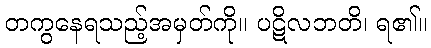
တကွနေရသည့်အမှတ်ကို။ ပဋိလဘတိ၊ ရ၏။